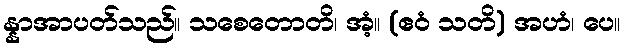
န္နာအာပတ်သည်။ သစေတောတိ၊ အံ့။ (ဧဝံ သတိ) အဟံ၊ ပေ။